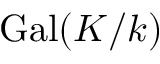
\operatorname { G a l } ( K / k )